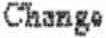
CHANGE